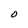
Character: O